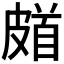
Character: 𩠗